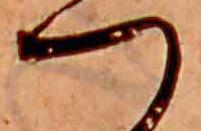
つ